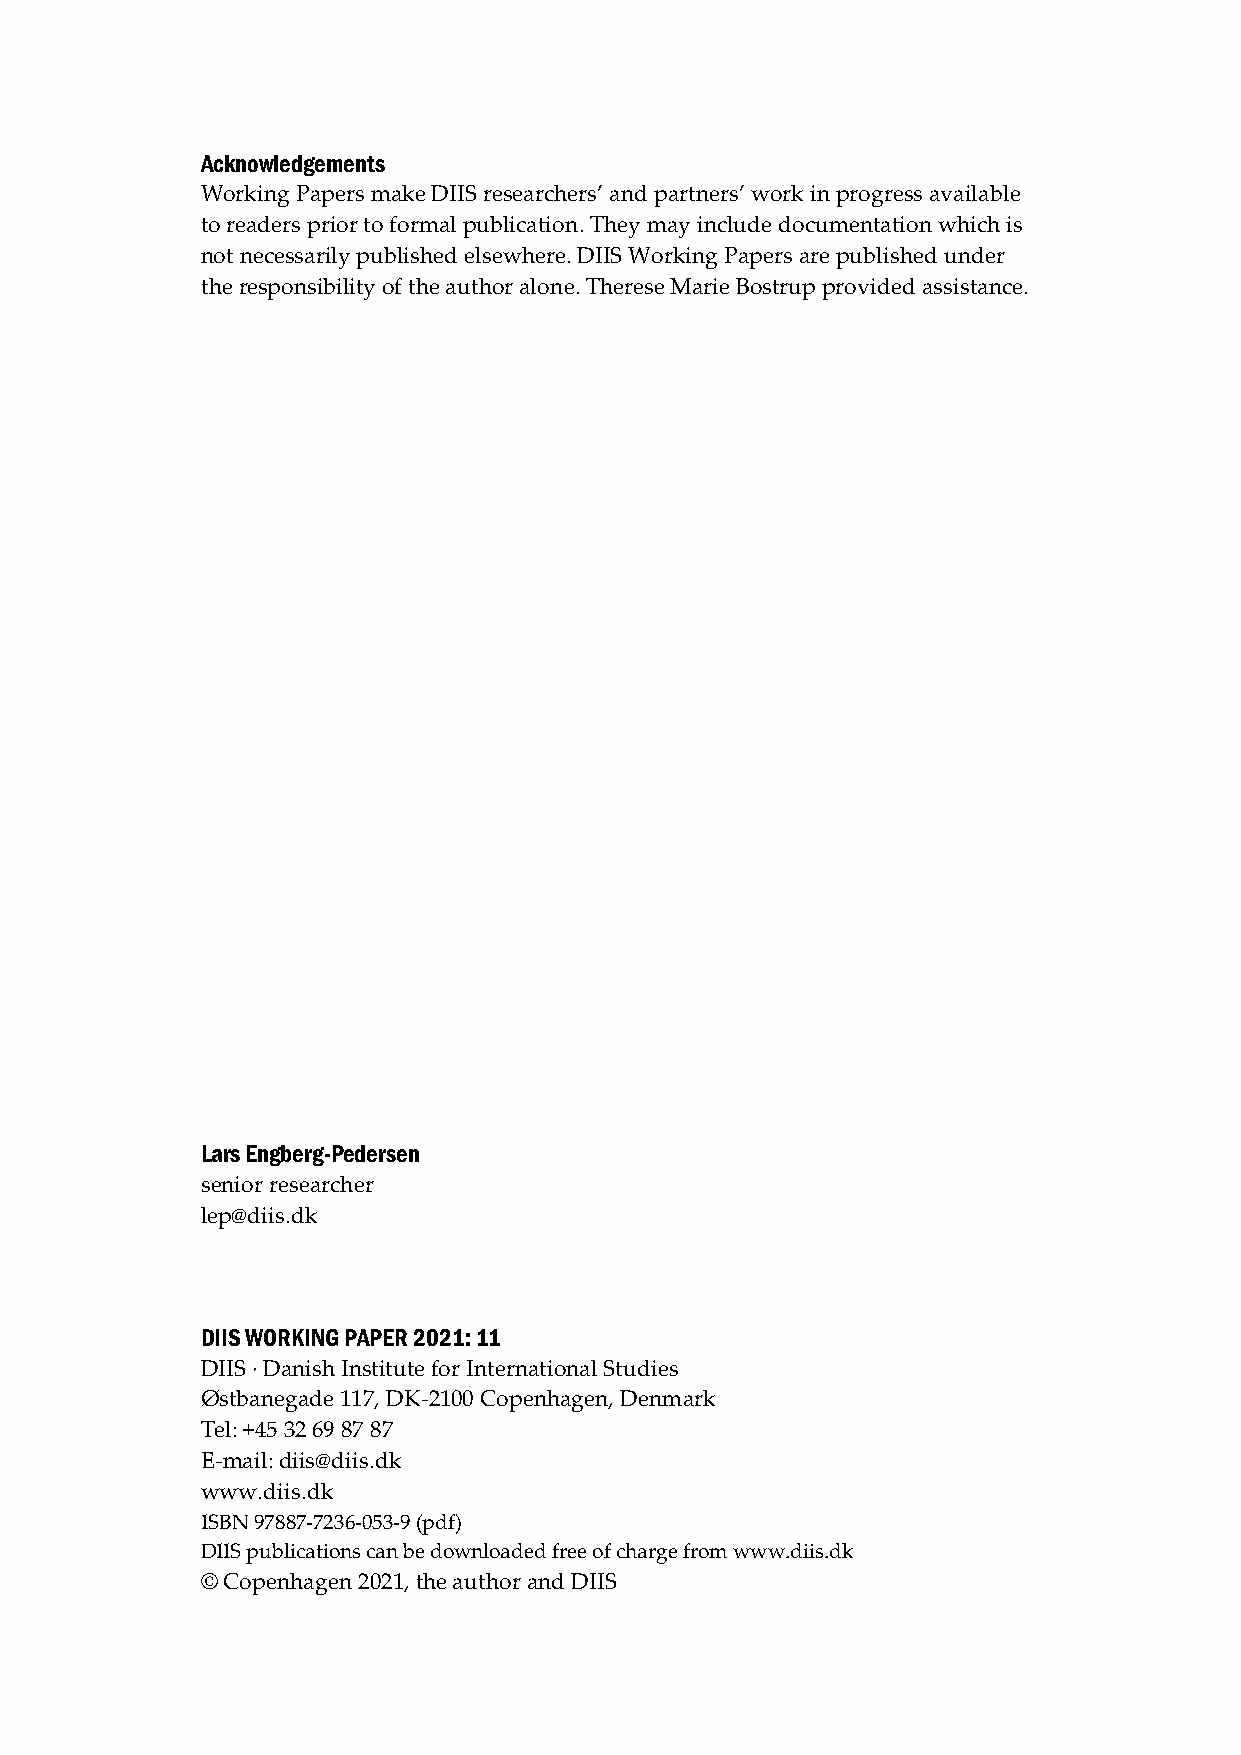
Acknowledgements
 Working Papers make DIIS researchers’ and partners’ work in progress available
 to readers prior to formal publication. They may include documentation which is
 not necessarily published elsewhere. DIIS Working Papers are published under
 the responsibility of the author alone. Therese Marie Bostrup provided assistance.
 Lars Engberg-Pedersen
 senior researcher
 lep@diis.dk
 DIIS WORKING PAPER 2021: 11
 DIIS · Danish Institute for International Studies
 Østbanegade 117, DK-2100 Copenhagen, Denmark
 Tel: +45 32 69 87 87
 E-mail: diis@diis.dk
 www.diis.dk
 ISBN 97887-7236-053-9 (pdf)
 DIIS publications can be downloaded free of charge from www.diis.dk
 © Copenhagen 2021, the author and DIIS